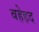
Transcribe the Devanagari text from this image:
बहेहद